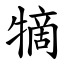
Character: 㹍